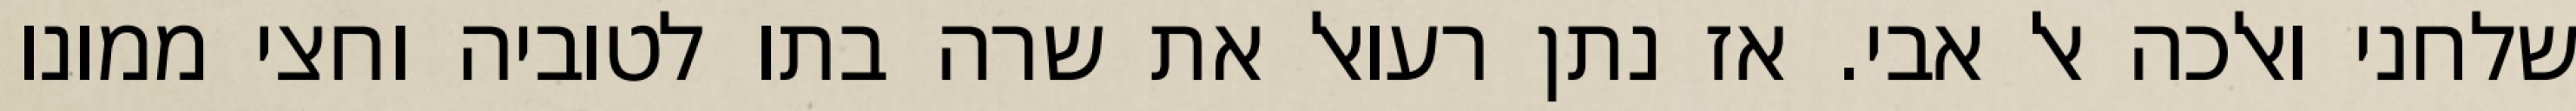
שלחני ואלכה אל אבי. אז נתן רעואל את שרה בתו לטוביה וחצי ממונו